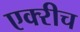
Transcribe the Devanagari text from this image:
एक्‍रीच